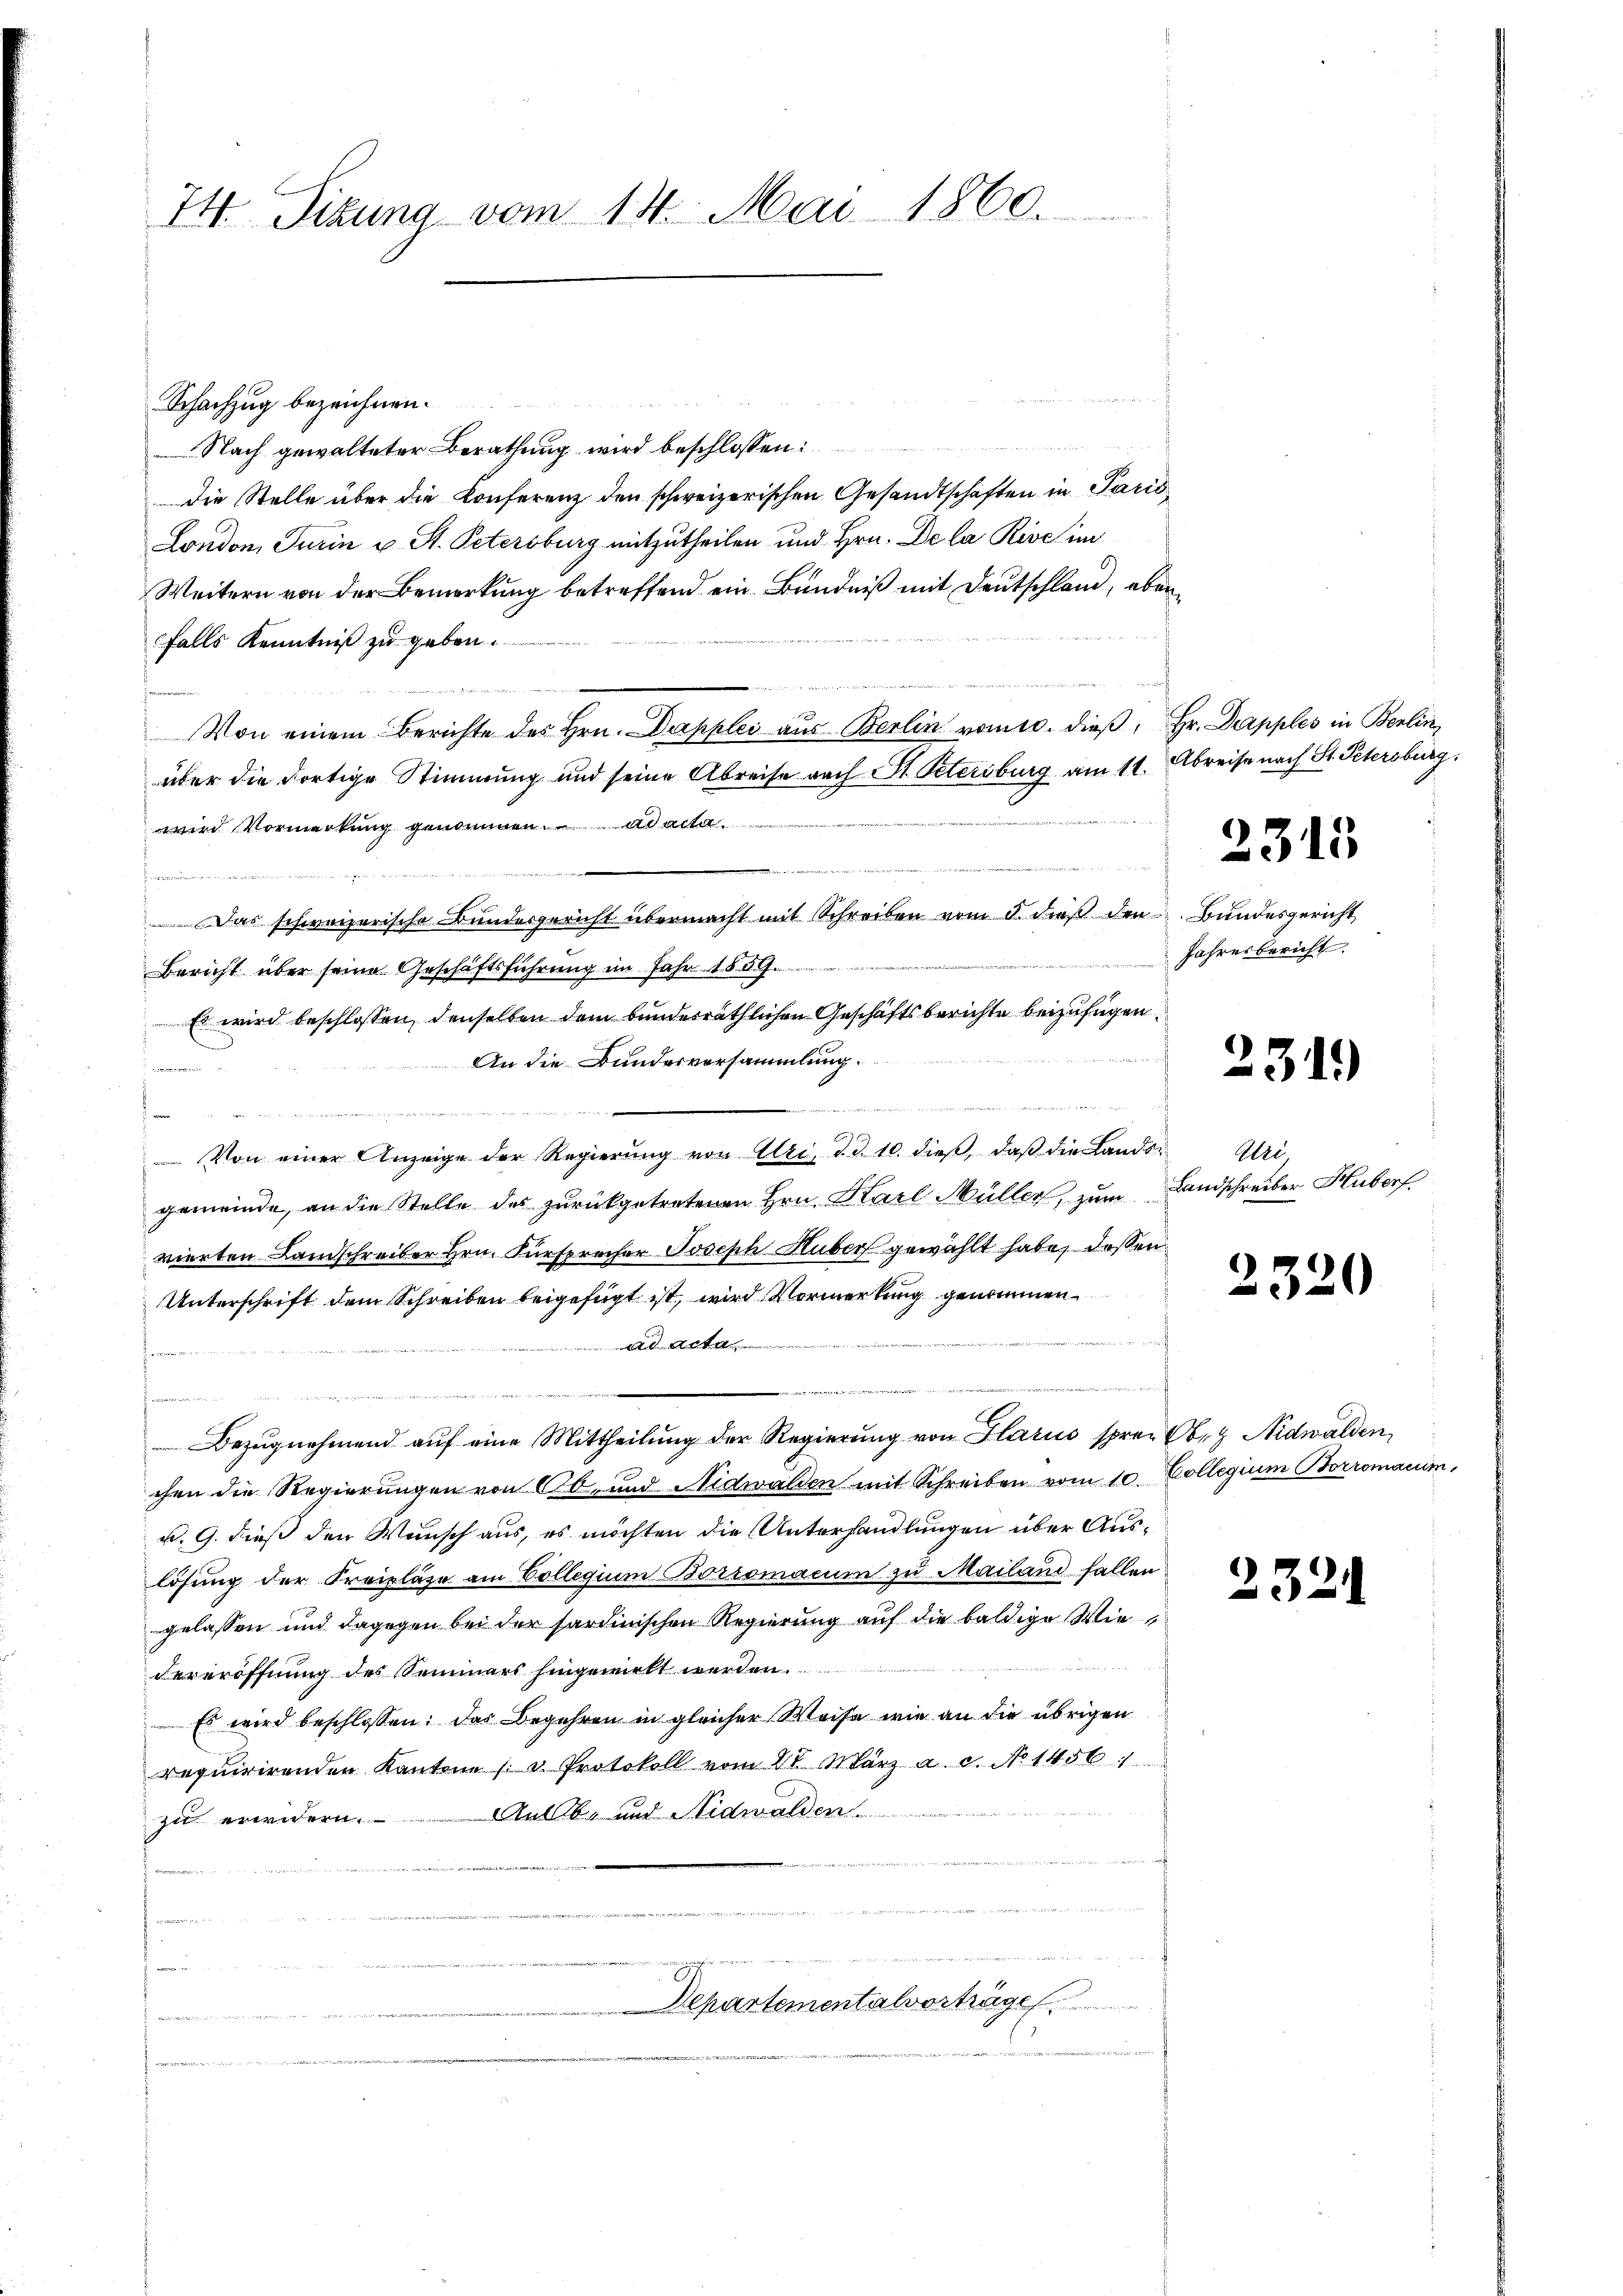
74. Sitzung vom 14. Mai 1860.

Schachzug bezeichnen.
Nach gewalteter Berathung wird beschlossen:
die Stelle über die Konferenz den schweizerischen Gesandtschaften in Paris
London, Turin v. St. Petersburg mitzutheilen und Hrn. De la Rive im
Weitern von der Bemerkung betreffend ein Bündniß mit Deutschland, aber
falls Kenntniß zu geben.

Von einem Berichte des Hrn. Dapplei aus Berlin vom 10. dieß, Hr. Dapples in Berlin,
über die dortige Stimmung und seine Abreise nach St. Petersburg am 11. Abreise nach St. Petersburg.
wird Vormerkung genommen. ad acta
e
Das schweizerische Bundesgericht übermacht mit Schreiben vom 5. dieß den Bundesgericht
Bericht über seine Geschäftsführung im Jahr 1859.
Es wird beschlossen, denselben dem bunderräthlichen Geschäftsberichte beizufügen.
An die Bundesversammlung.
r
e

Von einer Anzeige der Regierŭng von Uri, d. d. 10. dieβ, daβ die Landsgemeinde, an die Stelle des zurückgetretenen Hrn. Karl Müller, zum Landschreiber Huberf
vierten Landschreiber Hrn. Fürsprecher Joseph Huber gewählt habe, dessen
Unterschrift dem Schreiben beigefügt ist, wird Vormerkung genommen
t
n
Bezugnehmend auf eine Mittheilung der Regierung von Glarus spren Ob. 9 Nidwalden,
chen die Regierungen von Ob- und Nidwalden mit Schreiben vom 10. Collegium Borromanum,
u. 9. dieß den Wunsch aus, es möchten die Unterhandlungen über Auslösung der Freipläge am Collegium Borromacum zu Mailand fallen
gelassen und dagegen bei der sardinischen Regierung auf die baldige Wiedereröffnung des Semmers hingewielt werden.
Es wird beschlossen: Das Begehren in gleicher Weise wie an die übrigen
requirirenden Kantone / u Protokoll vom 28. März a. g. No 1456. 11
zu erwidern. Anlob- und Nidwalden

Departementalverhügel.

2315
Jahresbericht.

2319

Uri

2320

2321